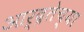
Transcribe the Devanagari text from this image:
आर्द्रतेच्या